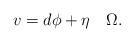
LaTeX: \begin{align*} v=d\phi+\eta\quad\Omega.\end{align*}